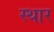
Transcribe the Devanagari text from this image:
स्थार